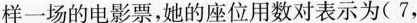
样一场的电影票，她的座位用数对表示为(7，